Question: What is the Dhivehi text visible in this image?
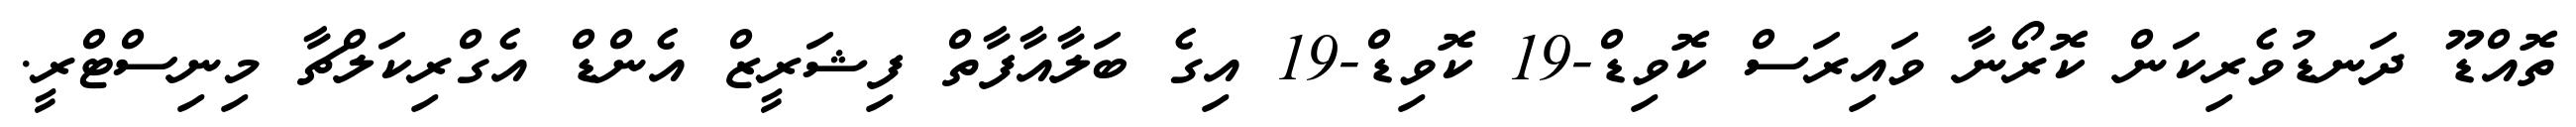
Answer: ތޮއްޑޫ ދަނޑުވެރިކަން ކޮރޯނާ ވައިރަސް ކޮވިޑް-19 ކޮވިޑް-19 އިގެ ބަލާއާފާތް ފިޝަރީޒް އެންޑް އެގްރިކަލްޗާ މިނިސްޓްރީ.